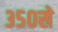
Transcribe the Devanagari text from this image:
३५०से